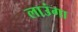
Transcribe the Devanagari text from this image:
लाउंगा